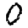
Digit: 0